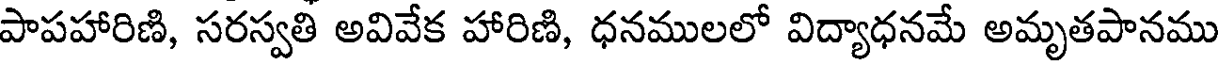
పాపహారిణి, సరస్వతి అవివేక హారిణి, ధనములలో విద్యాధనమే అమృతపానము